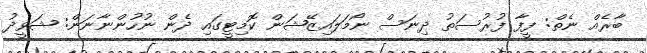
ބާރެއް ނެތް: ފީފާ ފުރުސަތު ދިނަސް ނޯމަލައިޒޭޝަން ކޮމިޓީގައި ދެން ނުހުންނާނަން: ޝަވީދު